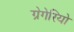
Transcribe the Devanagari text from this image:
ग्रेगेरियो